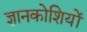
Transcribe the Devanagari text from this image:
ज्ञानकोशियों